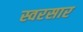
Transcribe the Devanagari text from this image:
स्वरसार